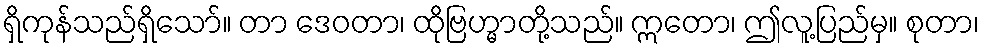
ရှိကုန်သည်ရှိသော်။ တာ ဒေဝတာ၊ ထိုဗြဟ္မာတို့သည်။ ဣတော၊ ဤလူ့ပြည်မှ။ စုတာ၊